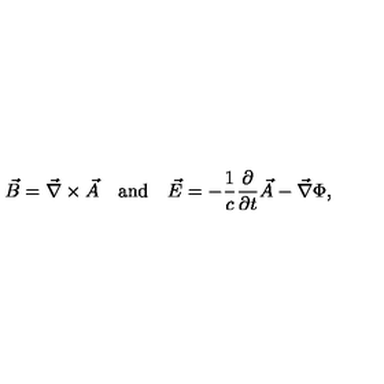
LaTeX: \vec { B } = \vec { \nabla } \times \vec { A } \quad \mathrm { a n d } \quad \vec { E } = - \frac { 1 } { c } \frac { \partial } { \partial t } \vec { A } - \vec { \nabla } \Phi ,